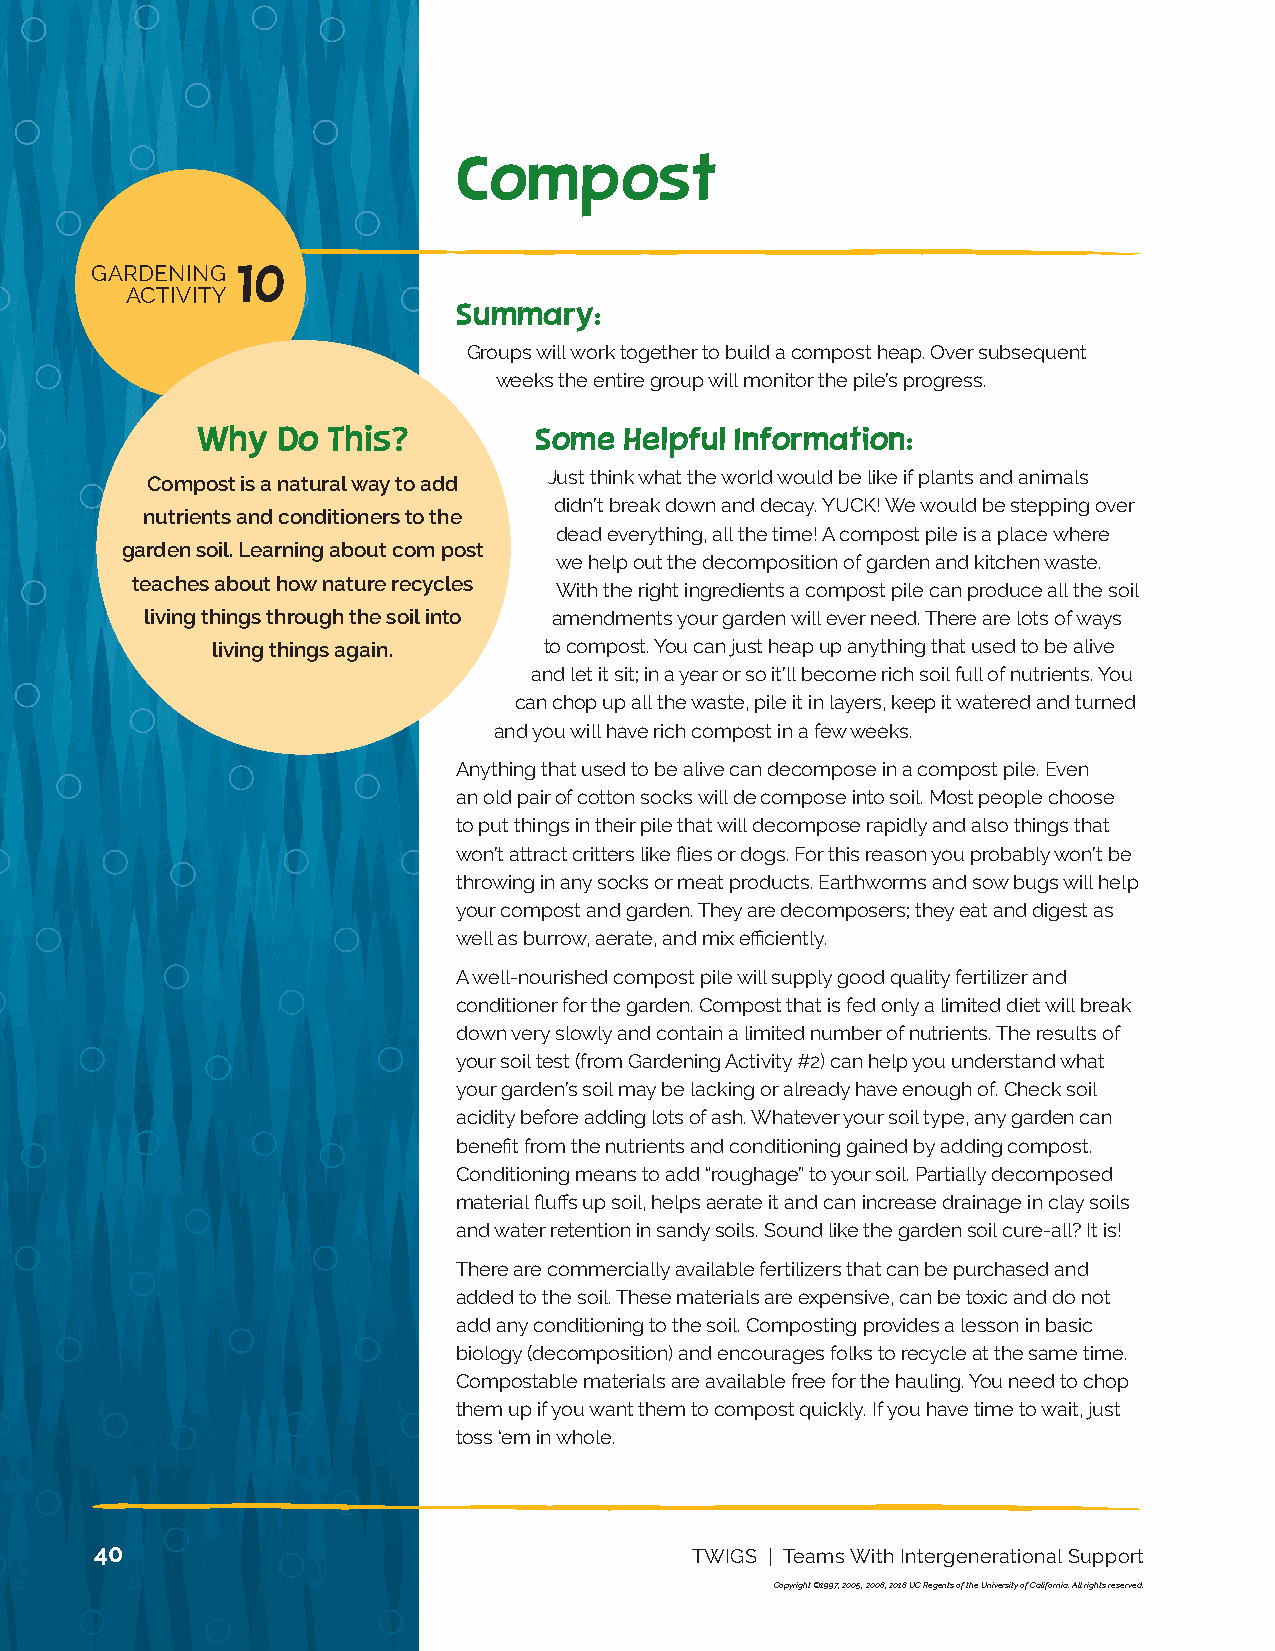
13 NUTRITION
 ACTIVITY
 Compost
 GARDENING 10
 ACTIVITY
 Summary:
 Groups will work together to build a compost heap. Over subsequent
 weeks the entire group will monitor the pile’s progress.
 Why  Do  This?        Some  Helpful Information:
 Compost is a natural way to add Just think what the world would be like if plants and animals
 didn’t break down and decay. YUCK! We would be stepping over
 nutrients and conditioners to the
 dead everything, all the time! A compost pile is a place where
 garden soil. Learning about com post
 we help out the decomposition of garden and kitchen waste.
 teaches about how nature recycles
 With the right ingredients a compost pile can produce all the soil
 living things through the soil into amendments your garden will ever need. There are lots of ways
 living things again.  to compost. You can just heap up anything that used to be alive
 and let it sit; in a year or so it’ll become rich soil full of nutrients. You
 can chop up all the waste, pile it in layers, keep it watered and turned
 and you will have rich compost in a few weeks.
 Anything that used to be alive can decompose in a compost pile. Even
 an old pair of cotton socks will de compose into soil. Most people choose
 to put things in their pile that will decompose rapidly and also things that
 won’t attract critters like flies or dogs. For this reason you probably won’t be
 throwing in any socks or meat products. Earthworms and sow bugs will help
 your compost and garden. They are decomposers; they eat and digest as
 well as burrow, aerate, and mix efficiently.
 A well-nourished compost pile will supply good quality fertilizer and
 conditioner for the garden. Compost that is fed only a limited diet will break
 down very slowly and contain a limited number of nutrients. The results of
 your soil test (from Gardening Activity #2) can help you understand what
 your garden’s soil may be lacking or already have enough of. Check soil
 acidity before adding lots of ash. Whatever your soil type, any garden can
 benefit from the nutrients and conditioning gained by adding compost.
 Conditioning means to add “roughage” to your soil. Partially decomposed
 material fluffs up soil, helps aerate it and can increase drainage in clay soils
 and water retention in sandy soils. Sound like the garden soil cure-all? It is!
 There are commercially available fertilizers that can be purchased and
 added to the soil. These materials are expensive, can be toxic and do not
 add any conditioning to the soil. Composting provides a lesson in basic
 biology (decomposition) and encourages folks to recycle at the same time.
 Compostable materials are available free for the hauling. You need to chop
 them up if you want them to compost quickly. If you have time to wait, just
 toss ‘em in whole.
 40                                      TWIGS | Teams With Intergenerational Support
 Copyright ©1997, 2005, 2008, 2018 UC Regents of the University of California. All rights reserved.